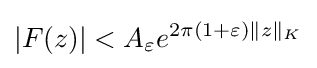
|F(z)|<A_{\varepsilon }e^{2\pi (1+\varepsilon )\|z\|_{K}}